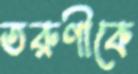
তরুণীকে